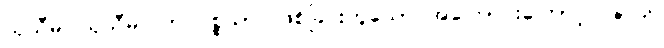
သုသီမ၊ သုသီမ။ ဘဝပစ္စယာ၊ ဖြစ်ခြင်းဟူသော အကြောင်းကြောင့်။ ဇာတိ၊